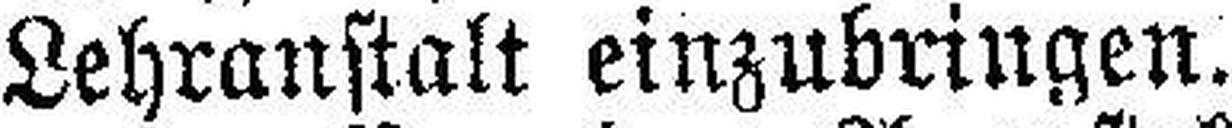
Lehranstalt einzubringen.